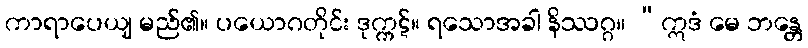
ကာရာပေယျ မည်၏။ ပယောဂတိုင်း ဒုက္ကဋ်။ ရသောအခါ နိဿဂ္ဂ။ “ဣဒံ မေ ဘန္တေ